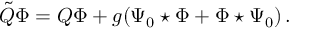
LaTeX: \tilde { Q } \Phi = Q \Phi + g ( \Psi _ { 0 } \star \Phi + \Phi \star \Psi _ { 0 } ) \, .